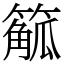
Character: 䉉